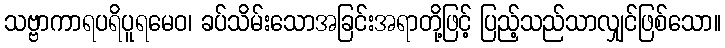
သဗ္ဗာကာရပရိပူရမေဝ၊ ခပ်သိမ်းသောအခြင်းအရာတို့ဖြင့် ပြည့်သည်သာလျှင်ဖြစ်သော။